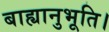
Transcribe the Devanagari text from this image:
बाह्यानुभूति।